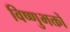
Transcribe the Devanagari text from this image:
विष्णुभक्तों